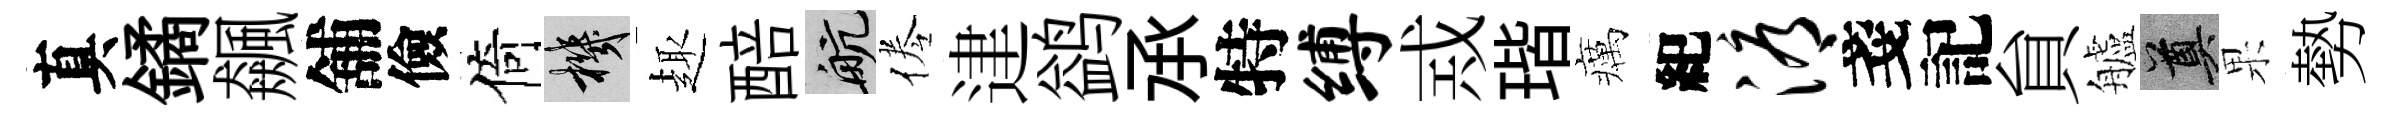
真鐍飆舖儉倚機趣醅航倦䢖鹢𠄘特缚𢦶瑎癘紀溽戔記貟艫奠果勢